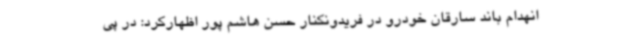
انهدام باند سارقان خودرو در فریدونکنار حسن هاشم پور اظهارکرد: در پی